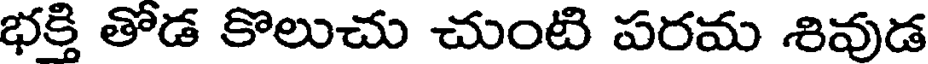
భక్తి తోడ కొలుచు చుంటి పరమ శివుడ